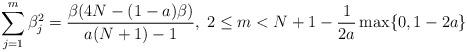
LaTeX: \begin{align*}\sum_{j=1}^{m} \beta_{j}^{2} = \frac{\beta (4N - (1-a)\beta)}{a(N+1)-1}, \; 2 \leq m < N+1 - \frac{1}{2a} \max \{ 0, 1-2a \}\end{align*}